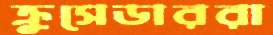
ক্রুসেডাররা